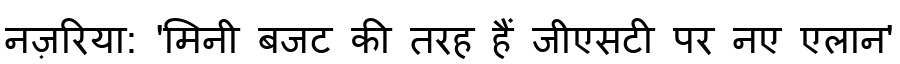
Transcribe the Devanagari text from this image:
नज़रिया: 'मिनी बजट की तरह हैं जीएसटी पर नए एलान'